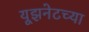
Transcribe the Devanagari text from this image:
यूझनेटच्या